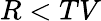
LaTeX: R<TV